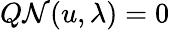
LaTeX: Q\mathcal{N}(u,\lambda)=0